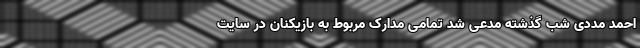
احمد مددی شب گذشته مدعی شد تمامی مدارک مربوط به بازیکنان در سایت